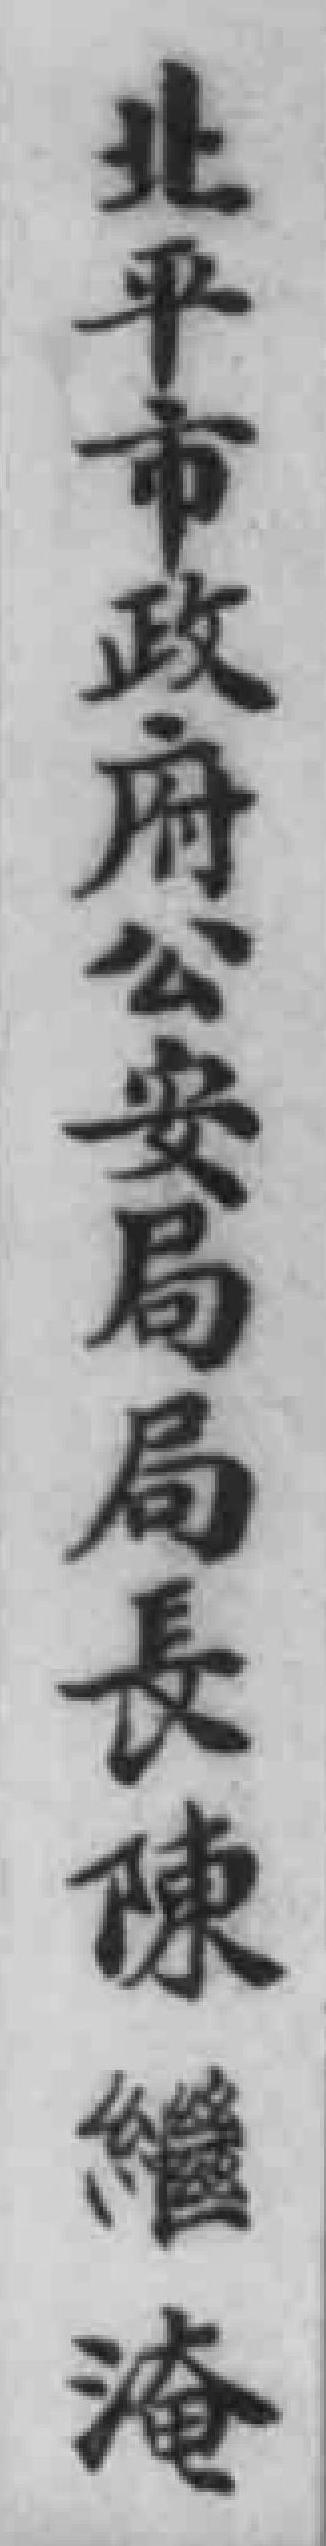
北平市政府公安局局長陳繼淹